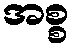
အစ္စ